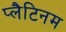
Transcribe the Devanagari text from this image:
प्‍लैटिनम